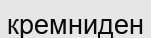
кремниден